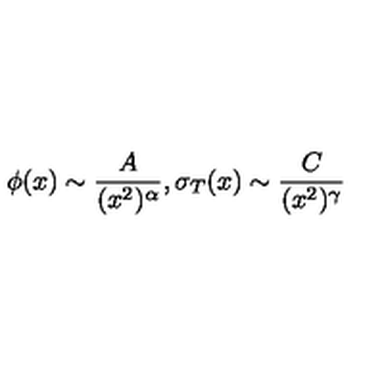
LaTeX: \phi ( x ) \sim \frac { A } { ( x ^ { 2 } ) ^ { \alpha } } , \sigma _ { T } ( x ) \sim \frac { C } { ( x ^ { 2 } ) ^ { \gamma } }